Civil Veterinary Dept. North-West Frontier Province 1901-22 - 1901-1922
Year: 1901
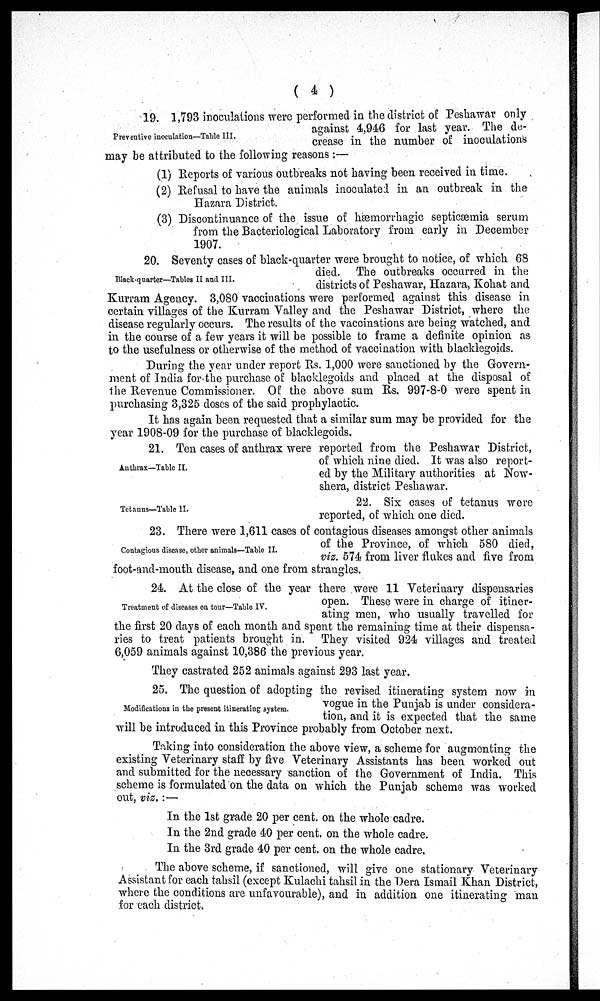
(4)
Preventive inoculation—Table III.
19. 1,793 inoculations were performed in the district of Peshawar only
against 4,946 for last year. The de-
crease in the number of inoculations
may be attributed to the following reasons:—
(1) Reports of various outbreaks not having been received in time.
(2) Refusal to have the animals inoculated in an outbreak in the
Hazara District.
(3) Discontinuance of the issue of hæmorrhagic septicæmia serum
from the Bacteriological Laboratory from early in December
1907.
Black-quarter—Tables II and III.
20. Seventy cases of black-quarter were brought to notice, of which 68
died. The outbreaks occurred in the
districts of Peshawar, Hazara, Kohat and
Kurram Agency. 3,080 vaccinations were performed against this disease in
certain villages of the Kurram Valley and the Peshawar District, where the
disease regularly occurs. The results of the vaccinations are being watched, and
in the course of a few years it will be possible to frame a definite opinion as
to the usefulness or otherwise of the method of vaccination with blacklegoids.
During the year under report Rs. 1,000 were sanctioned by the Govern-
ment of India for the purchase of blacklegoids and placed at the disposal of
the Revenue Commissioner. Of the above sum Rs. 997-8-0 were spent in
purchasing 3,325 doses of the said prophylactic.
It has again been requested that a similar sum may be provided for the
year 1908-09 for the purchase of blacklegoids.
Anthrax—Table II.
21. Ten cases of anthrax were reported from the Peshawar District,
of which nine died. It was also report-
ed by the Military authorities at Now-
shera, district Peshawar.
Tetanus—Table II.
22. Six cases of tetanus were
reported, of which one died.
Contagious disease, other animals—Table II.
23. There were 1,611 cases of contagious diseases amongst other animals
of the Province, of which 580 died,
viz. 574 from liver flukes and five from
foot-and-mouth disease, and one from strangles.
Treatment of diseases on tour—Table IV.
24. At the close of the year there were 11 Veterinary dispensaries
open. These were in charge of itiner-
ating men, who usually travelled for
the first 20 days of each month and spent the remaining time at their dispensa-
ries to treat patients brought in. They visited 924 villages and treated
6,059 animals against 10,386 the previous year.
They castrated 252 animals against 293 last year.
Modifications in the present itinerating system.
25. The question of adopting the revised itinerating system now in
vogue in the Punjab is under considera-
tion, and it is expected that the same
will be introduced in this Province probably from October next.
Taking into consideration the above view, a scheme for augmenting the
existing Veterinary staff by five Veterinary Assistants has been worked out
and submitted for the necessary sanction of the Government of India. This
scheme is formulated on the data on which the Punjab scheme was worked
out, viz.:—
In the 1st grade 20 per cent. on the whole cadre.
In the 2nd grade 40 per cent. on the whole cadre.
In the 3rd grade 40 per cent. on the whole cadre.
The above scheme, if sanctioned, will give one stationary Veterinary
Assistant for each tahsil (except Kulachi tahsil in the Dera Ismail Khan District,
where the conditions are unfavourable), and in addition one itinerating man
for each district.